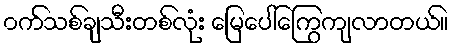
၀က်သစ်ချသီးတစ်လုံး မြေပေါ်ကြွေကျလာတယ်။